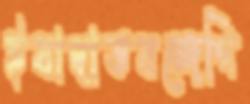
ইবাদাতবন্দেগি